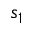
s _ { 1 }